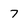
Character: 7